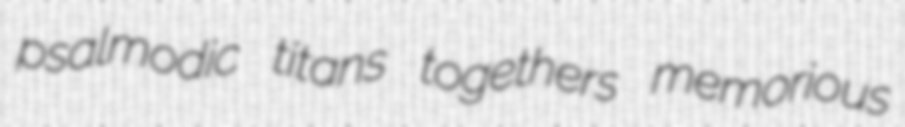
psalmodic titans togethers memorious